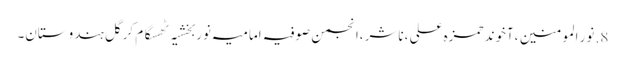
8.	نور المومنین ،آخوند حمزہ علی ،ناشر ،انجمن صوفیہ امامیہ نوربخشیہ ٹھسگام کرگل ہندوستان۔